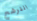
الترشح